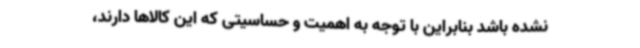
نشده باشد بنابراین با توجه به اهمیت و حساسیتی که این کالاها دارند،